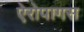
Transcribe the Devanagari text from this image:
ऐरोपागस